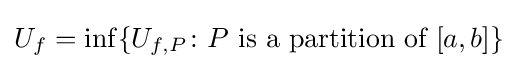
U_{f}=\inf\{U_{f,P}\colon P{\text{ is a partition of }}[a,b]\}